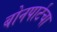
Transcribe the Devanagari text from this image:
बोनपार्टचा